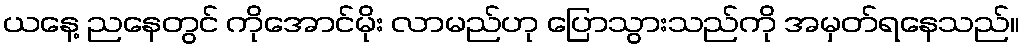
ယနေ့ ညနေတွင် ကိုအောင်မိုး လာမည်ဟု ပြောသွားသည်ကို အမှတ်ရနေသည်။